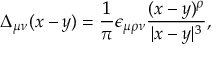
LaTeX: \Delta _ { \mu \nu } ( x - y ) = \frac { 1 } { \pi } \epsilon _ { \mu \rho \nu } \frac { ( x - y ) ^ { \rho } } { | x - y | ^ { 3 } } ,